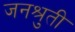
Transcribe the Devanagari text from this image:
जनश्रुती